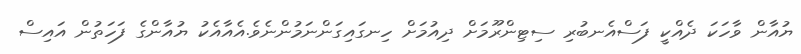
ޔުއާން ވާހަކަ ދެއްކީ ފަސްއެނބުރި ސިޓިންރޫމަށް ދިއުމަށް ހިނގައިގަންނަމުންނެވެ.އެއާއެކު ޔުއާންގެ ފަހަތުން އައިސް